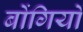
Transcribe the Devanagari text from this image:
बोंगियों